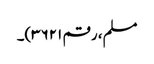
مسلم، رقم ۳۶۲۱)۔